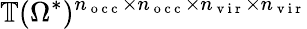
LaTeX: \mathbb{T}(\Omega^{*})^{n_{\mathrm{~o~c~c~}}\times n_{\mathrm{~o~c~c~}}\times n_{\mathrm{~v~i~r~}}\times n_{\mathrm{~v~i~r~}}}